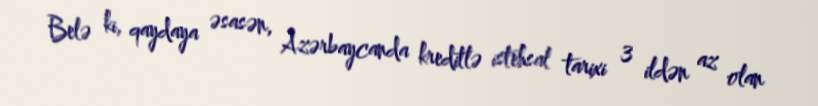
Belə ki, qaydaya əsasən, Azərbaycanda kreditlə istehsal tarixi 3 ildən az olan